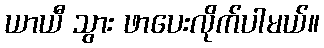
ယာယီ သွား ဖာပေးလိုက်ပါမယ်။